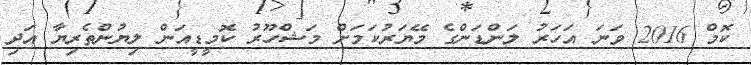
ކޮމް 2016 ވަނަ އަހަރު ލަންޑަންގެ މޭޔަރުކަމަށް މަޝްހޫރު ކޮމީޑީއަން ލިޔުންތެރިޔާ އަދި